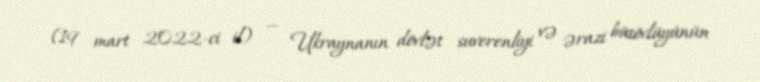
(19 mart 2022-ci il) — Ukraynanın dövlət suverenliyi və ərazi bütövlüyünün